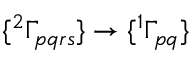
\{ { ^ { 2 } \Gamma _ { p q r s } } \} \to \{ ^ { 1 } \Gamma _ { p q } \}